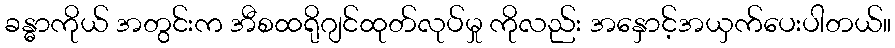
ခန္ဓာကိုယ် အတွင်းက အီစထရိုဂျင်ထုတ်လုပ်မှု ကိုလည်း အနှောင့်အယှက်ပေးပါတယ်။